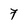
Character: 7